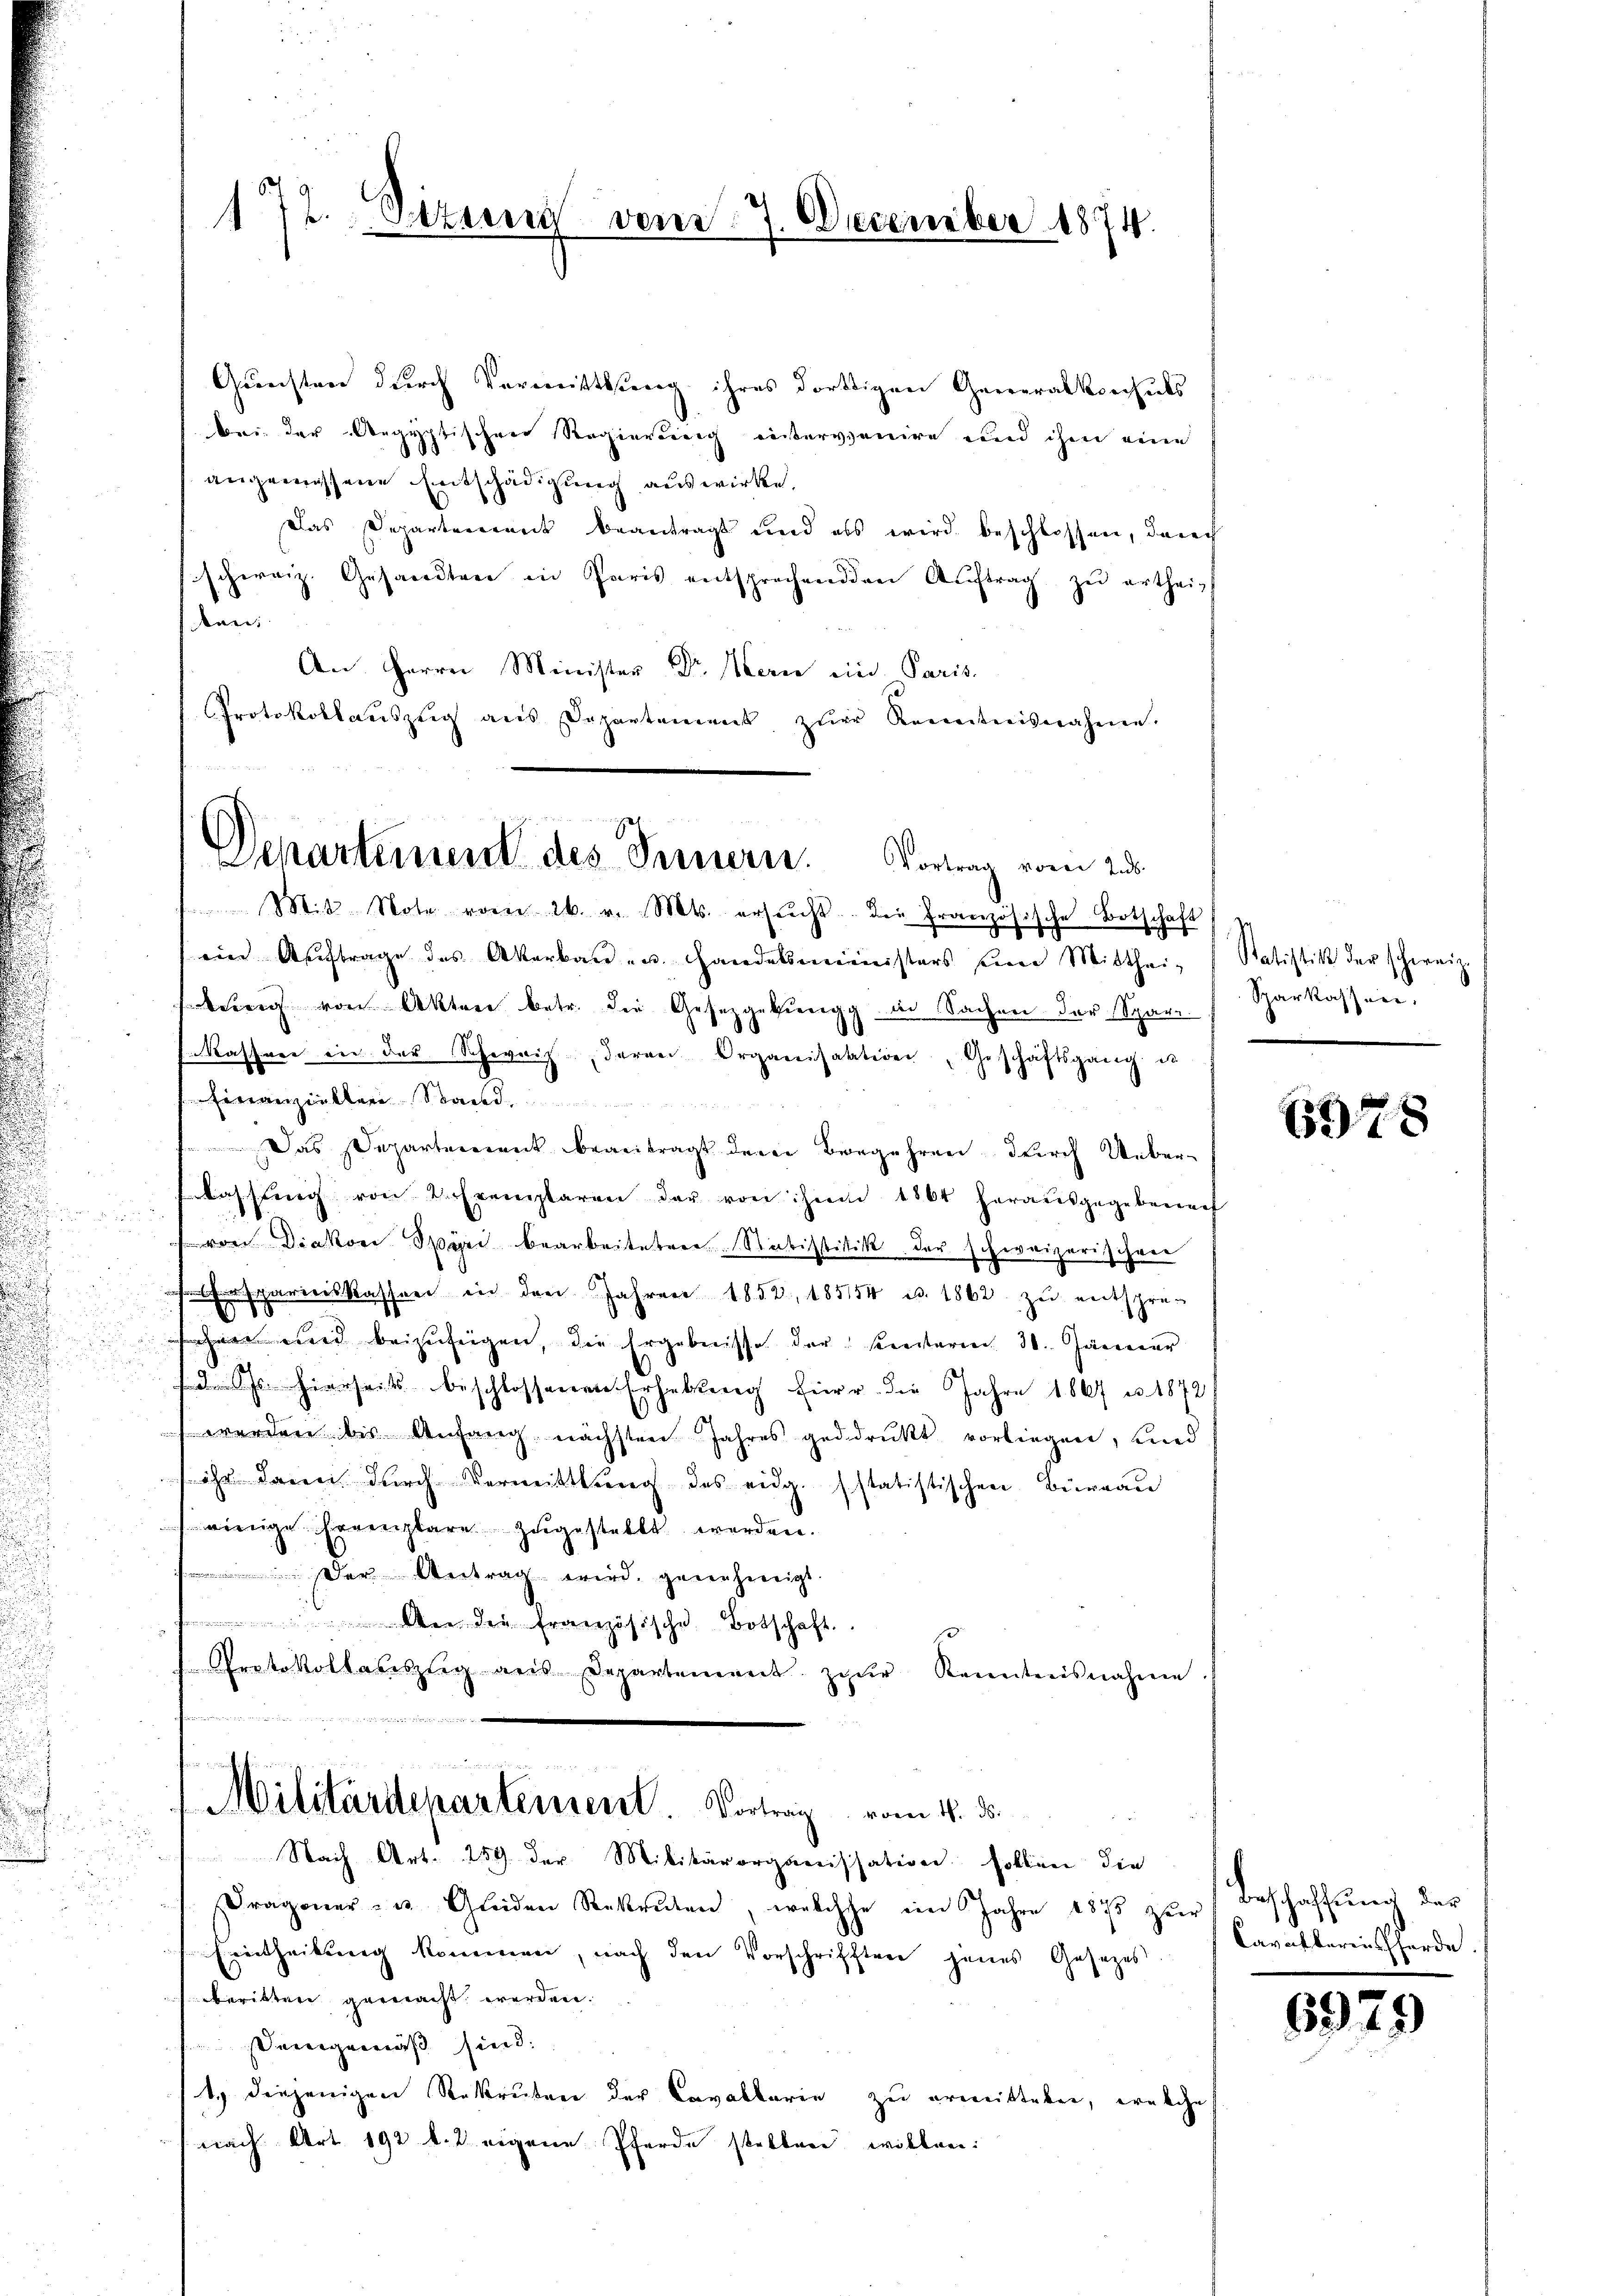
e

172. Etting vom 27. December 1874.

Gŭnsten durch Vermittlung ihres dortigen Generalkonsuls
bei der Aegyptischen Regierung eintervenire und ihm eine
angemessene Entschädigung auswirke.
Das Departement beantragt und als wird beschlossen, danech
schweiz. Gesandten in Paris entsprechenden Auftrag zu ertheiuri,
An Herrn Minister Dr. Hern ein Paris.
Protokollauszeig aus Departement zŭr Kenntnisnahme.
Mit Note vom 26. v. Mts. ersucht. Die französische Botschaft
ein Auftrage des Akerbau- u. Handelsministers in Mitthei-
bung von Akten betr. die Gesetzgebŭngg in Sachen der Sparr Sparkassen,
Kassere in der Schweiz, deren Organisation Geschäftsgang de
Finanzieller Stand.
Das Departerrent beantragt dere Begehren durch Ueberlassŭng von 2 Exemplaren der von ihre 1864 herausgegebenach
von Diakon Spyri bearbeiteten Substitik der schweizerischen
Ersparierskassen in den Jahren 1852, 185154 u. 1862 zu entsprec
8
hert wird beizufügen, die Ergebnisse der Kreisterien 30. Jänner
d. Js. hierseits beschlossenen Erhebung hierr. die Jahre 1867 u. 1872
werden bis Anfang nächsten Jahres gedruckt vorliegen, und
ihr dann durch Vermittlung des eidg. sstatistischen Büreau
einige Ernenplare zugestellt werden.
 Der Antrag wird, genehmigt.
wer die französische Botschaft.
Protokollabeszug aus Departement zŭr Kenntnisnahme.
r
n

Departement des Innern. Vortrag vom 23s

Militärdepartement. Vortrag vom 18. ds.
Nach Art. 289 der Militärorganisation sollen die

Dragoner- u. Gleiden Rekruten, welche im Jahre 1875 zŭr Beschaffŭng der
Eintheilung kommen, nach den Vorschrifften jenes Gesetzes
berister gemacht werden.
emgemäß sind.
1. diejenigen Rekruten der Cavallarie zŭ ermitteben, welche
(nach Art. 192 l. 2 eigene Pferde stellen willen.

Satistik der schweiz.

378

Capatharin herde

6979